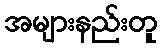
အများနည်းတူ